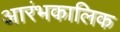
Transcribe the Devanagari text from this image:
आरंभकालिक